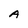
Character: A